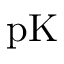
\mathrm { p K }